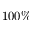
1 0 0 \%